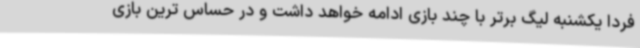
فردا یکشنبه لیگ برتر با چند بازی ادامه خواهد داشت و در حساس ترین بازی